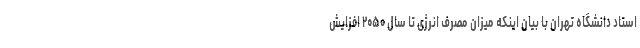
استاد دانشگاه تهران با بیان اینکه میزان مصرف انرژی تا سال ۲۰۵۰ افزایش